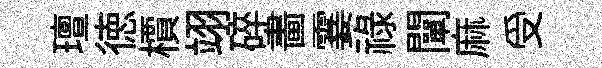
璮徳檟翊碎畵霎祿闡麻受